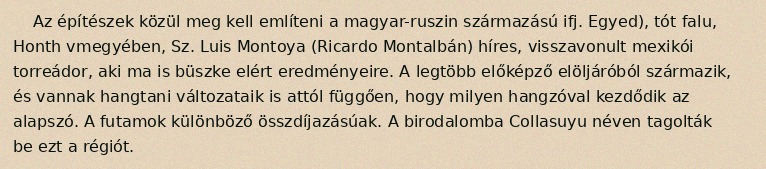
Az építészek közül meg kell említeni a magyar-ruszin származású ifj. Egyed), tót falu, Honth vmegyében, Sz. Luis Montoya (Ricardo Montalbán) híres, visszavonult mexikói torreádor, aki ma is büszke elért eredményeire. A legtöbb előképző elöljáróból származik, és vannak hangtani változataik is attól függően, hogy milyen hangzóval kezdődik az alapszó. A futamok különböző összdíjazásúak. A birodalomba Collasuyu néven tagolták be ezt a régiót.